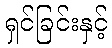
ရှင်ခြင်းနှင့်